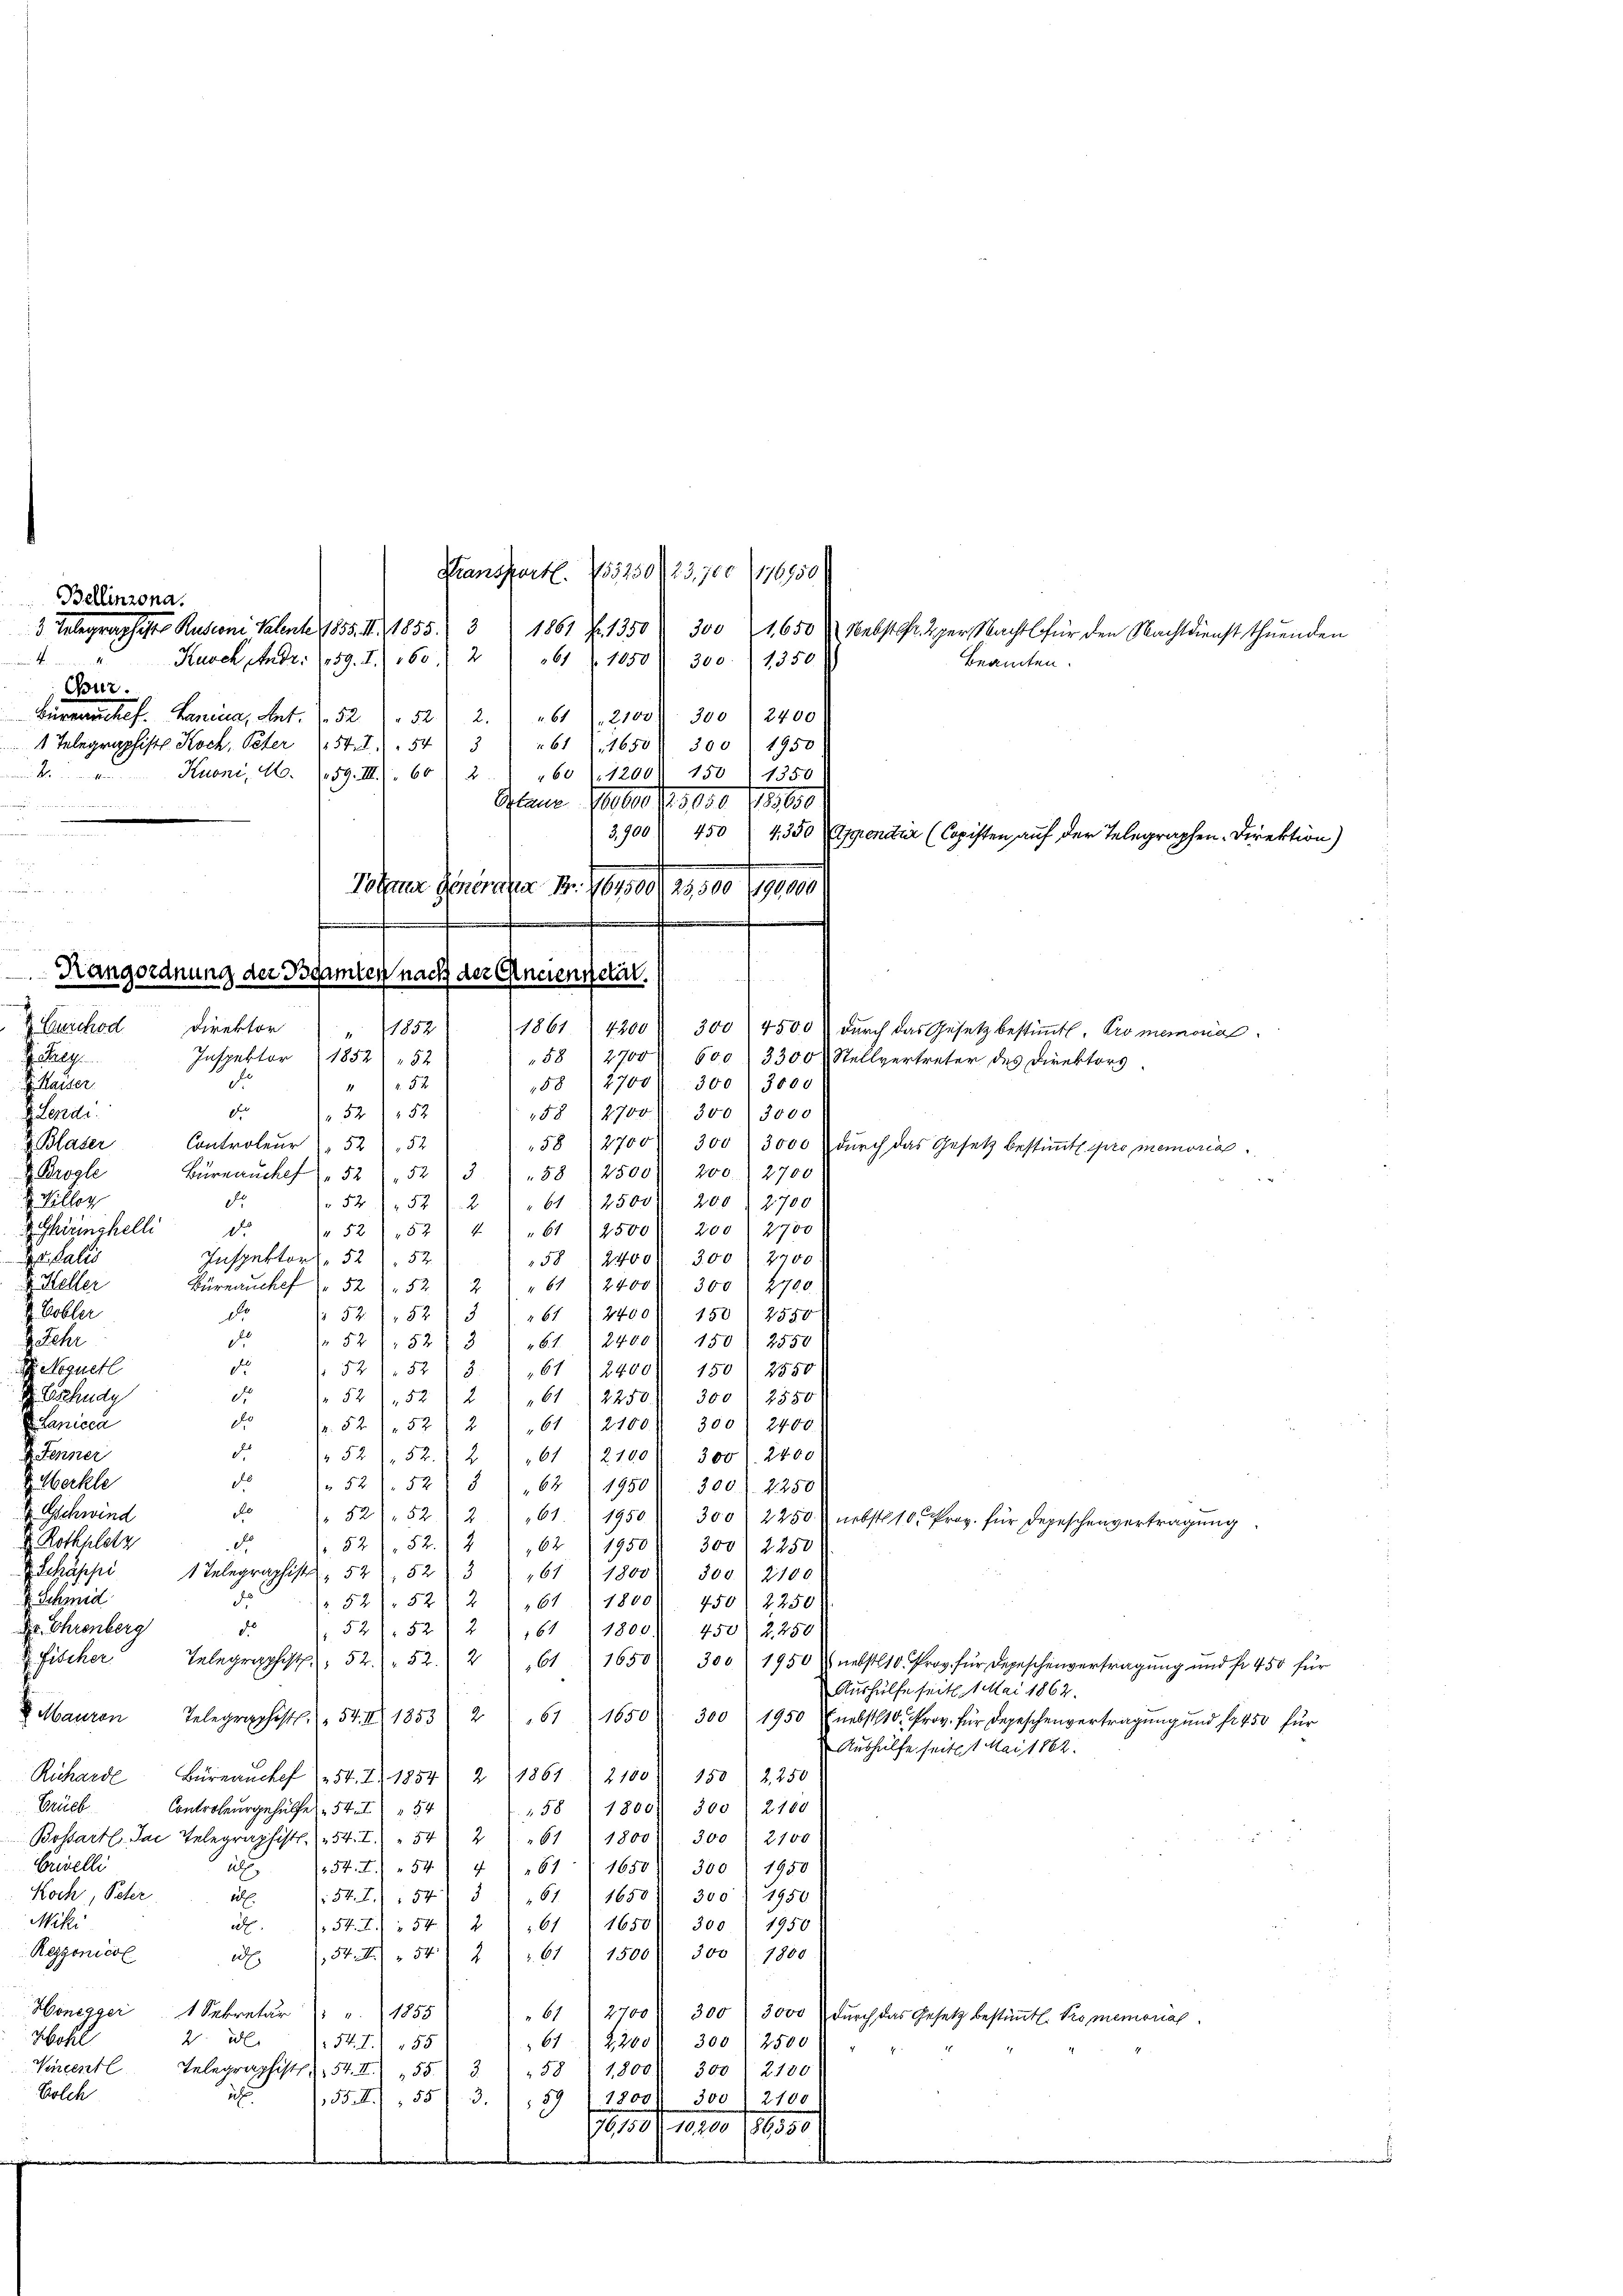
Bellinzona.
n 4. in
Cur.

Transport. 135230/23,700 (176950
3. Telegraphiste Rusconi Valente 1855. II, 1855. 31861 f. 1350 § 300 (1650 Nebst fr. 2 per Nacht für den Nachtdienst thuenden
Kusch, Andr. (159. I. 160. 261 1050. 300. 1350
Beamten.
Büreauckef. Harina, Art. 752. 52. 2. 261 (2100. 300 f 2400
1 Telegraphist Koch, Peter 154. 2) " 543 " " 61 (1650 300. 1950
Kuoni, M. (59. III). 602. 260 l. 1200. 150. 1350
Glanz Peten S. 3000 Pastor
3,900) 450 (4. 350 Ascendrie (Copisten auf der Telegraphen-Direktion)
wohner Gener 1. Januar 1850 (a
.
h
.
Rangordnung der Beamten nach der Anciennetät
1861
Schrey
Inspektor 1852 " 52
d
58 (27004. 300. 3000
 5 x
J. Kaiser
de
 52 (152  158 (2700 f 300), 3000
d. Lesede
 Blaser
Controleur  52 52
58 2700. 300 " 3000 durch das Gesetz bestimmt pro memorial.
H. Brodle
Büreaucker (52,52) 3. 58 1 2500) 200. 2700
 Viller
do
"61) 2500. 200. 2700
 52. 521. 2
Schüringhelli
d.
 52) 52) " " " 61 2500) 200 (2700
r Salis
Inspektor. 5252
58 2400. 300 2700
 Keller
Büreau chef " 5252 2 " " 61 2400. 300. 2700.
 Cobler
61 2400 f 150) 2550
d
 5252 5
 521,52)
d
2 Jahr
61. 2400. 150 2550
de
 guetl
 5252) 3 " " 61 (2400) 150) 2550
dto.
 5252) 261. 2250) 300) 2550
d Eschudy
Lanicca
d
. 52. 52 2 " " 61 (2100. 300) 2400.
de
2
 5252.
Jenner
61 (2100 f 300. 2400
d
& Meckle
52/52 § 162 (1950. 300 f. 2250
2
Gschwind
" 5252) 2) 161. 1950) 300, 2250 nebst 10 Proz. für Depeschenvertragung
v. Rothplatz
 52. 52. 2
d
62) 1950 f 300. 2250
Schäppi 1 Telegraphist. 52, 523 161 1800. 300. 2100
x Schmid
de
 52. 521 21 61) 1800. 450. 2250)
d
Dr. Ehrenberg
 521. 52 2 " 611 1800. 450 2250
fischer
Telegraphist, 52. 522
61 1650 300. 1950 nebst 10 Prov. für Depeschenvertragŭng und fr 450 für
Aushülfe seit 1 Mai 1862.
 Mauren
611650
Telegraphist. 54. III 1853 2
300 1950 Enebst Prov. für Depeschenvertragung und fr 450 für
Aushülfe seit 1 Mai 1862.
Richard Büreaŭck (54. 21854) 2 (1861. 2100) 150 2250
Brück
Controlergehülfe 54 I 54
158) 1800. 300 2160
Bossart Ja Telegraphist. 54. I) " 542 " " 61 1800. 300. 2100
Erivelli
354. 454. 461. 1650. 300) 1950)
als
Koch, Peter
54. 7), 54) § 161. 16503 300. 1950
18 f.
Milli
254. 542 (161 1650). 300 1950)
Reggonicol
54. II.) " 542 " " 61 1500 f 300 l. 1800.
d
Honegger 1 Sekretär " " 1855
61 2700. 300. 3000 durch das Gesetz bestämtl. Promemorial.
Hohl
2. Bl. 54. II 155
61 2200 f 300 f 2500
Vincent Telegraphist. 54. II 155. 3. 58 (1800. 300 (2100
Wolch
55. II, 55/ 3.) 189 " 1200. 300. 2100
630. Mai 1855
.

Gurchod Direktor

1852

s
4300

300) 4500 durch das Gesetz bestimmt. Promemorial
58) 2700 600 3300 & Stellvertreter des Direktors.